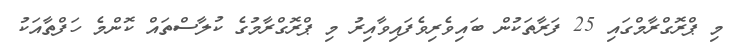
މި ޕްރޮގްރާމްގައި 25 ފަރާތަކުން ބައިވެރިވެފައިވާއިރު މި ޕްރޮގްރާމުގެ ކުލާސްތައް ކޮންމެ ހަފްތާއަކު